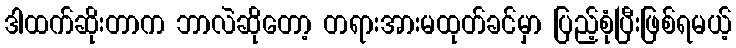
ဒါထက်ဆိုးတာက ဘာလဲဆိုတော့ တရားအားမထုတ်ခင်မှာ ပြည့်စုံပြီးဖြစ်ရမယ့်